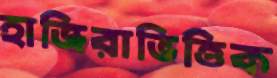
হাজিরাভিত্তিক